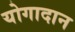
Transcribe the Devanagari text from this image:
योगादान